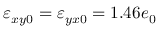
\varepsilon _ { x y 0 } = \varepsilon _ { y x 0 } = 1 . 4 6 e _ { 0 }